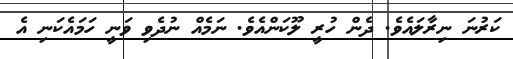
ކަރުނަ ނިރާލައެވެ. ދެން ހުރީ ލޫކަންއެވެ. ނަމެއް ނުދެވި ވަނީ ހަމައެކަނި އެ